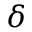
\delta